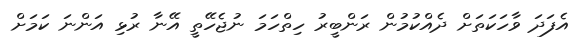
އެފަދަ ވާހަކަތަށް ދެއްކުމުން ރަންބީރު ހިތްހަމަ ނުޖެހޭތީ އޭނާ ރުޅި އަންނަ ކަމަށް